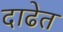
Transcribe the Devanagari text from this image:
दाढेत